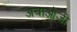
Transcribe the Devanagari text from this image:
अबाओजी